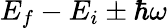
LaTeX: E_{f}-E_{i}\pm\hbar\omega